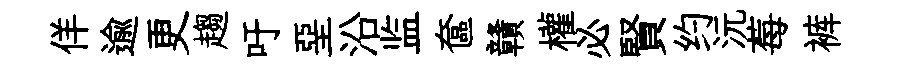
佯逾更趨吁堊沿监奩贛權必賢约沅莓裤